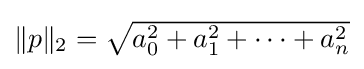
\textstyle \|p\|_{2}={\sqrt {a_{0}^{2}+a_{1}^{2}+\dots +a_{n}^{2}}}